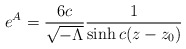
\begin{align*}e^{A} = \frac{6c}{{\sqrt {- \Lambda}}}\frac{1}{\sinh c(z - z_{0})}\end{align*}